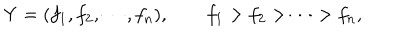
Y = ( f _ { 1 } , f _ { 2 } , \cdots , f _ { n } ) , \qquad f _ { 1 } > f _ { 2 } > \cdots > f _ { n } ,